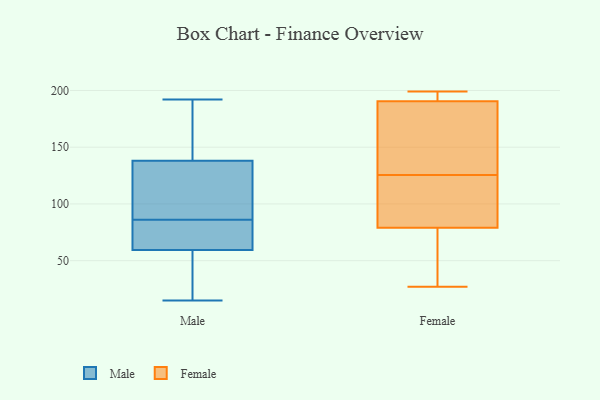
{"axis": {"x": "Bounce Rate (%)", "y": "Value"}, "legend": ["Female", "Male"], "data": [{"x": "", "y": 192, "type": "Male"}, {"x": "", "y": 78, "type": "Male"}, {"x": "", "y": 138, "type": "Male"}, {"x": "", "y": 86, "type": "Male"}, {"x": "", "y": 61, "type": "Male"}, {"x": "", "y": 59, "type": "Male"}, {"x": "", "y": 179, "type": "Male"}, {"x": "", "y": 18, "type": "Male"}, {"x": "", "y": 94, "type": "Male"}, {"x": "", "y": 80, "type": "Male"}, {"x": "", "y": 91, "type": "Male"}, {"x": "", "y": 115, "type": "Male"}, {"x": "", "y": 54, "type": "Male"}, {"x": "", "y": 170, "type": "Male"}, {"x": "", "y": 144, "type": "Male"}, {"x": "", "y": 30, "type": "Male"}, {"x": "", "y": 62, "type": "Male"}, {"x": "", "y": 138, "type": "Male"}, {"x": "", "y": 15, "type": "Male"}, {"x": "", "y": 199, "type": "Female"}, {"x": "", "y": 114, "type": "Female"}, {"x": "", "y": 86, "type": "Female"}, {"x": "", "y": 72, "type": "Female"}, {"x": "", "y": 195, "type": "Female"}, {"x": "", "y": 192, "type": "Female"}, {"x": "", "y": 92, "type": "Female"}, {"x": "", "y": 104, "type": "Female"}, {"x": "", "y": 29, "type": "Female"}, {"x": "", "y": 198, "type": "Female"}, {"x": "", "y": 137, "type": "Female"}, {"x": "", "y": 165, "type": "Female"}, {"x": "", "y": 67, "type": "Female"}, {"x": "", "y": 143, "type": "Female"}, {"x": "", "y": 189, "type": "Female"}, {"x": "", "y": 27, "type": "Female"}]}